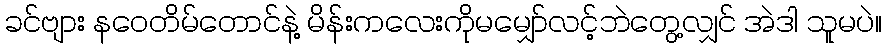
ခင်ဗျား နဝေတိမ်တောင်နဲ့ မိန်းကလေးကိုမမျှော်လင့်ဘဲတွေ့လျှင် အဲဒါ သူမပဲ။